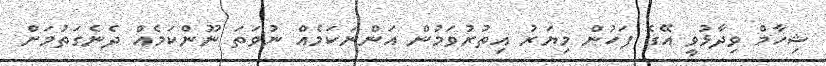
ޝިހާމް ވިދާޅުވީ އޭގެ ފަހުން މިޔަރު އިތުރުވަމުން އަންނަކަމެއް ނުވަތަ ނޫންކަމެއް ދެނެގަތުމަށް